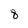
Character: 8